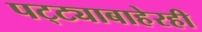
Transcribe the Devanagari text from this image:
पट्ट्याबाहेरही